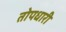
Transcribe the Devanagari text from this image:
तोपधारी